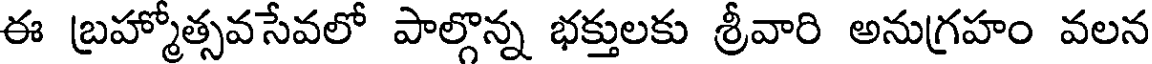
ఈ బ్రహ్మోత్సవసేవలో పాల్గొన్న భక్తులకు శ్రీవారి అనుగ్రహం వలన